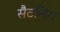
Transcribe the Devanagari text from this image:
सैटलिंग